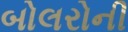
બોલરોની